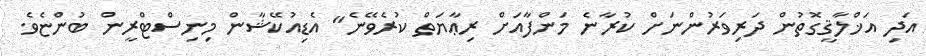
އަދި އަޚްލާޤީގޮތުން ދަރިވަރުންނަށް ކުރާނެ މަންފާއަށް ރިޢާޔަތް ކުރެވޭނެ" އެޑިއުކޭޝާން މިނިސްޓްރީން ބުންޏެވެ.